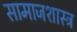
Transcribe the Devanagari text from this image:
सामाजशास्त्र